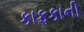
કાફકાની